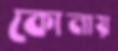
কোনায়